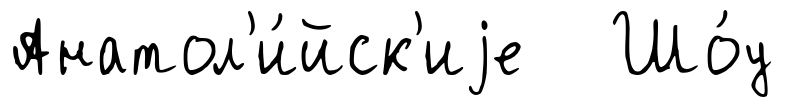
Анатол'и́йск'иjе Шо́у